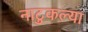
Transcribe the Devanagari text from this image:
नाटुकल्या